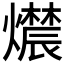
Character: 𬋔